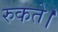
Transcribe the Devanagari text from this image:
रुकते।